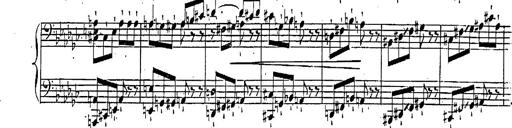
Title: Marche et Cavatine de Lucie de Lammermoor, S.398
Composer: Franz Liszt